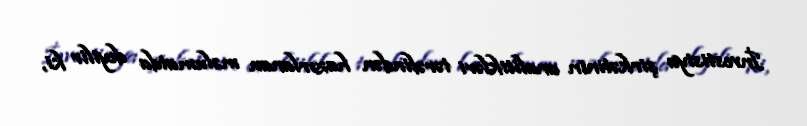
İnvestisiya şirkətinin analitikləri tərəfindən hazırlanan məlumatda deyilir ki,